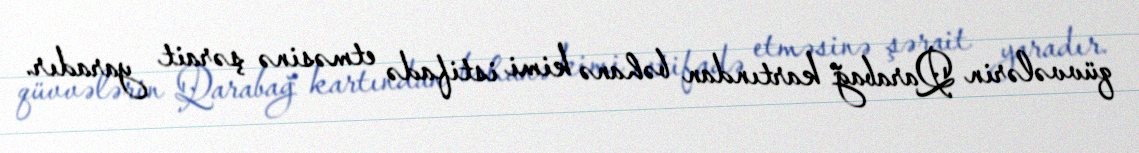
qüvvələrin Qarabağ kartından bəhanə kimi istifadə etməsinə şərait yaradır.